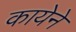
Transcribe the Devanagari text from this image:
कायेने